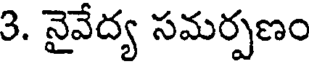
3. నైవేద్య సమర్పణం